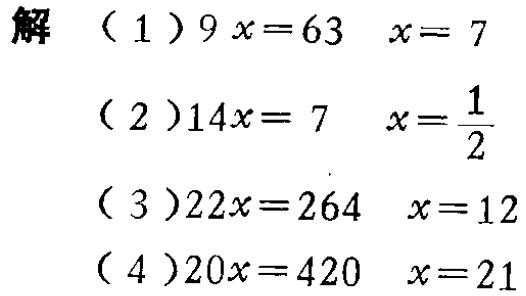
解

（1）\(9x = 63\)  \(x = 7\)

（2）\(14x = 7\)  \(x=\frac{1}{2}\)

（3）\(22x = 264\)  \(x = 12\)

（4）\(20x = 420\)  \(x = 21\)